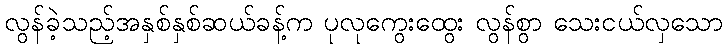
လွန်ခဲ့သည့်အနှစ်နှစ်ဆယ်ခန့်က ပုလုကွေးထွေး လွန်စွာ သေးငယ်လှသော